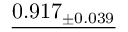
\underline { { 0 . 9 1 7 _ { \pm 0 . 0 3 9 } } }